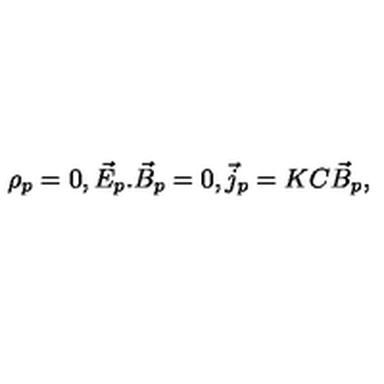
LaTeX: \rho _ { p } = 0 , \vec { E } _ { p } . \vec { B } _ { p } = 0 , \vec { j } _ { p } = K C \vec { B } _ { p } ,